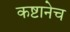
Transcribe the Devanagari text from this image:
कष्टानेच